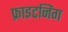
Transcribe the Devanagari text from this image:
फ्राइटनिंग